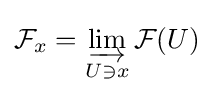
{\mathcal {F}}_{x}=\varinjlim _{U\ni x}{\mathcal {F}}(U)